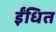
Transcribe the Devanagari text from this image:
ईंधित